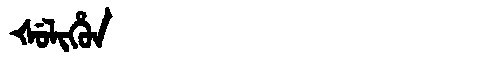
Manchu: ᡧᡠᠯᡳᡥᡠᠨ
Romanization: ŠULIHUN